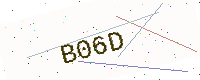
Text: B06D